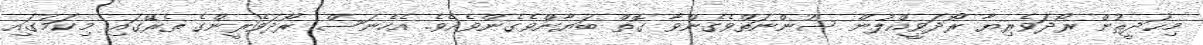
މިޙަދީޘުން ރޯދަވެރިޔާ ރޯދަވީއްލުން ސުންނަތްވެގެންވާ ގޮތް ބަޔާންވެގެންވެއެވެ. އެހެނަސް ރޯދަވެރީންގެ ތެރޭގައި މިކަމުގައި